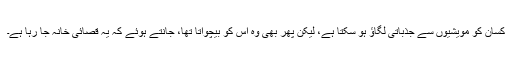
کسان کو مویشیوں سے جذباتی لگاؤ ہو سکتا ہے، لیکن پھر بھی وہ اس کو بیچواتا تھا، جانتے ہوئے کہ یہ قصائی خانہ جا رہا ہے۔